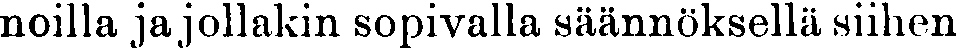
noilla jajollakin sopivalla säännöksellä siihen